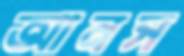
আনস